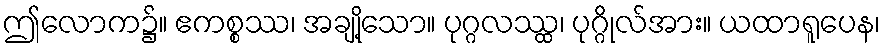
ဤလောက၌။ ဧကစ္စဿ၊ အချို့သော။ ပုဂ္ဂလဿ္ထ၊ ပုဂ္ဂိုလ်အား။ ယထာရူပေန၊